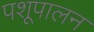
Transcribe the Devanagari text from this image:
पशूपालन